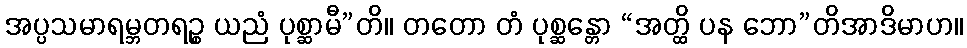
အပ္ပသမာရမ္ဘတရဉ္စ ယညံ ပုစ္ဆာမီ”တိ။ တတော တံ ပုစ္ဆန္တော “အတ္ထိ ပန ဘော”တိအာဒိမာဟ။